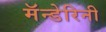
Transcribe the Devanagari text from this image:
मॅन्डेरिनी